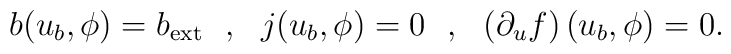
b(u_b,\phi)=b_{\rm ext}\ \ ,\ \ j(u_b,\phi)=0\ \ ,\ \ \left(\partial_uf\right)(u_b,\phi)=0.